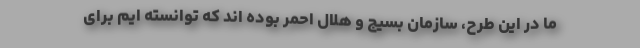
ما در این طرح، سازمان بسیج و هلال احمر بوده اند که توانسته ایم برای